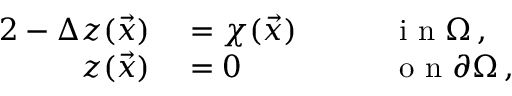
\begin{array} { r l r l } { { 2 } - \Delta z ( \vec { x } ) } & { { } = \chi ( \vec { x } ) \quad } & { } & { { } \mathrm { ~ i ~ n ~ } \Omega \, , } \\ { z ( \vec { x } ) } & { { } = 0 \quad } & { } & { { } \mathrm { ~ o ~ n ~ } \partial \Omega \, , } \end{array}